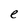
Character: e